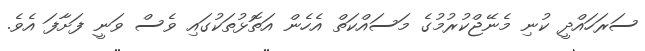
ސަރަހައްދީ ކުނި މެނޭޖްކުރުމުގެ މަސައްކަތް އެހެން އަތޮޅުތަކުގައި ވެސް ވަނީ ފަށާފަ އެވެ.